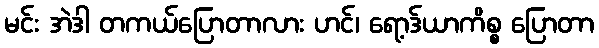
မင်း အဲဒါ တကယ်ပြောတာလား ဟင်၊ ရော့ဒ်ယာကိစ္စ ပြောတာ